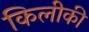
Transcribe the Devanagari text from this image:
किलीकी